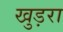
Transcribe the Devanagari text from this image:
खुड़रा